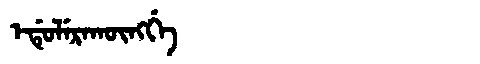
Manchu: ᡝᡩᡠᠯᡝᡵᠠᡴᡡᠩᡤᡝ
Romanization: EDULERAKŪNGGE